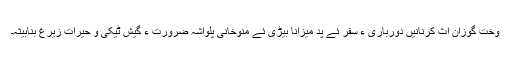
وخت گوزان اث کرنانیں دورباری ءِ سفر ئے پد میزانا بیڑی ئے منوخانی پلواشہ ضرورت ءِ گیش ٹیکی و حیرات زیرغ بنابیثہ۔